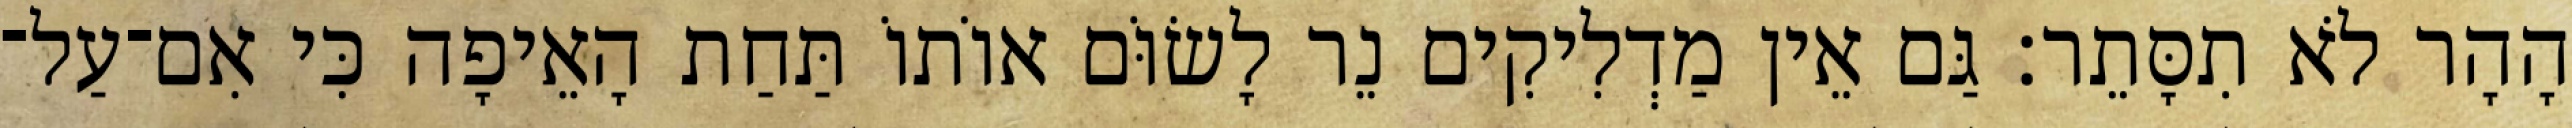
הָהָר לֹא תִסָּתֵר׃ גַּם אֵין מַדְלִיקִים נֵר לָשׂוֹּם אוֹתוֹ תַּחַת הָאֵיפָה כִּי אִם־עַל־